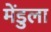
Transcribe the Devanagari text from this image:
मेंडुला